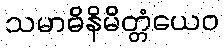
သမာဓိနိမိတ္တံယေဝ